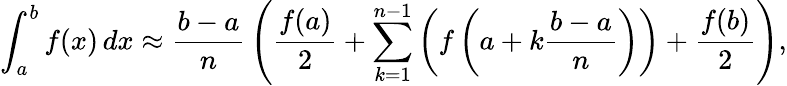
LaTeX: \int_{a}^{b}f(x)\, dx\approx{\frac{b-a}{n}}\left({\frac{f(a)}{2}}+\sum_{k=1}^{n-1}\left(f\left(a+k{\frac{b-a}{n}}\right)\right)+{\frac{f(b)}{2}}\right),